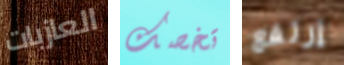
العازبات تخصك إرتفع